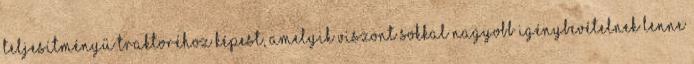
teljesítményű traktoréhoz képest, amelyik viszont sokkal nagyobb igénybevételnek lenne